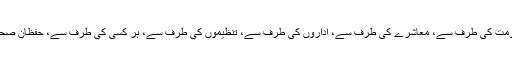
میرے پیارے ہم وطنوں، یہ ہمارے ملک میں، حکومت کی طرف سے، معاشرے کی طرف سے، اداروں کی طرف سے، تنظیموں کی طرف سے، ہر کسی کی طرف سے، حفظان صحت کی اس سمت میں کچھ نہ کچھ چلتا ہی رہتا ہے۔